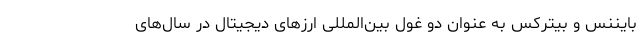
بایننس و بیترکس به عنوان دو غول بین‌المللی ارزهای دیجیتال در سال‌های